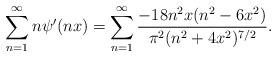
LaTeX: \begin{align*} \sum_{n=1}^{\infty} n \psi'(nx) = \sum_{n=1}^{\infty} \frac{-18n^{2} x (n^{2}-6x^{2})}{\pi^{2} (n^{2} + 4x^{2})^{7/2}}.\end{align*}